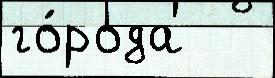
го́рода